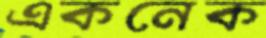
একনেক